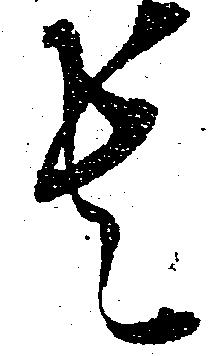
者